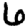
Digit: 6